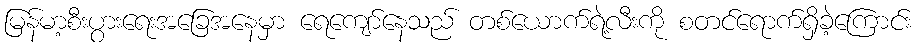
မြန်မာ့စီးပွားရေးအခြေအနေမှာ ရေကျော်နေသည် တစ်ယောက်ရဲ့လီးကို စတင်ရောက်ရှိခဲ့ကြောင်း